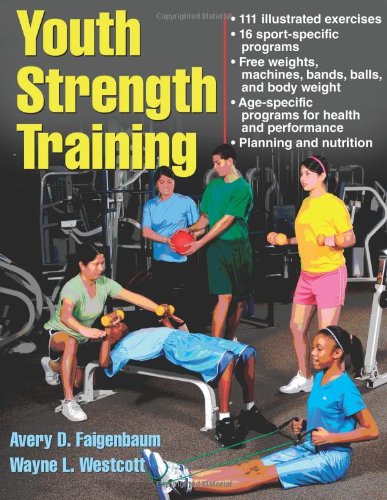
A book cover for Youth Strength Training:Programs for Health, Fitness and Sport (Strength & Power for Young Athlete); Avery Faigenbaum; Health, Fitness & Dieting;